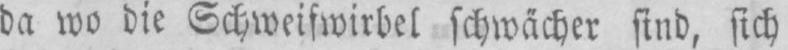
da wo die Schweifwirbel schwächer sind, sich